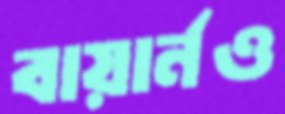
বায়ার্নও